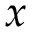
x